Calcutta medical institutions reports 1871-78
Year: 1871
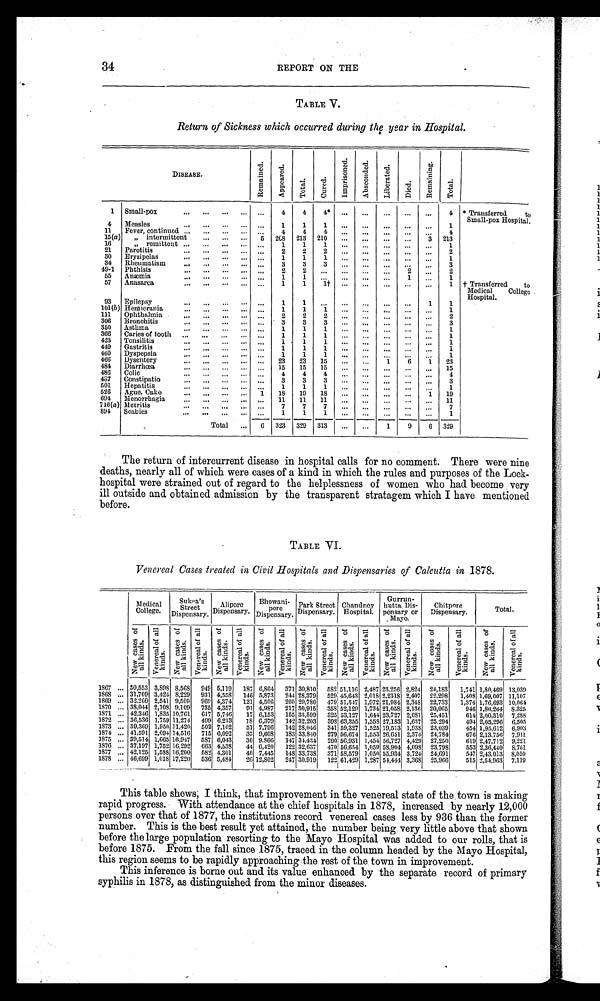
34
REPORT ON THE
TA BL E V.
Return of Sickness which occurred during the year in Hospital.
DISEASE
R e m a i n e d .
Ap p e a r e d .
Tot al . Cur ed.
I m p r i s o n e d . Ab s c o n d e d . Li be r a t e d
Died.
R e ma i n i n g .
Tot al .
1 Small-pox
...
4
4
4 *
... ... ... ... ...
4
4 Measles
...
1
1
1 ... ...
... ... ...
1
11 Fever, continued
5 4
4
4 ... ... ... ... ...
4
15(a) „ intermittent
... 208 213 210 ... ... ...
...
3 213
16
„ remittent
...
1
1
1 ... ...
.., ...
...
1
21 Parotitis
...
2 2
2
. . .
. . .
. . .
. . .
. . . 2
30 Erysipelas
...
1
1
1
. . .
. . .
. . . . . . . ...
1
34 Rheumatism
...
3
3
3 ... ...
... ... ...
3
49-1 Phthisis
. . .
2
2 ... ...
. . .
. . .
2
. . . 2
55 Anæmia
...
1
1
. . .
... ...
...
1
. . .
1
57 Anasarca
...
1
1
1 † ... ... ...
. . .
. . .
1
93 Epilepsy
...
1
1 ... ... ... ... ...
1
1
101(b Hemicrania
...
1
1
1 ... ... ...
. . .
. . . 1
111 Ophthalmia
...
2
2
2 ... ... ...
. . .
. . . 2
306 Bronchitis
...
3
3
3 ... ... ...
. . .
. . . 3
350 Asthma
...
1
1
1 ... ... ...
. . .
. . . 1
366 Caries of tooth
...
1
1
1 ... ... ...
. . .
...
1
423 Tonsilitis
. . .
1
1
1
. . .
. . .
. . .
. . .
. . . 1
449 Gastritis
...
1
1
1
. . .
. . .
. . .
. . .
. . . 1
460 Dyspepsia
. . .
1
1
1
. . .
. . .
. . . ... ...
1
466 Dysentery
... 23 23 15 ... ...
1
6
1 23
484 Diarrhoea
15 15 15
. . .
. . .
. . . ... ... 15
486 Colic
. . .
4
4
4
. . .
. . .
. . . ... ...
4
487 Constipatio
...
3
3
3
. . .
. . .
. . .
. . .
. . . 3
501 Hepatitis
...
1
1
1 ... ...
...
... ...
1
526 Ague Cake
1 18 19 18 ... ...
...
...
1 19
694 Menorrhagia
... 11 11 11 ... ...
... ... ... 11
716(a) Metritis
...
7
7
7 ... ... ... ... ...
7
894 Scabies
...
1
1
1 ... ... ... ... ...
1
Total
6 323 329 313 ... ...
1
9
6 329
* Transferred
to
Small-pox Hospital.
†
Transferred
to
Medical
College
Hospital.
The return of intercurrent disease in hospital calls for no comment. There were nine
deaths, nearly all of which were cases of a kind in which the rules and purposes of the Lock-
hospital were strained out of regard to the helplessness of women who had become very
ill outside and obtained admission by the transparent stratagem which I have mentioned
before.
TABLE VI.
Venereal Cases treated in Civil Hospitals and Dispensaries of Calcutta in 1878.
Medical
College.
Sukea' s Street
Dispensary.
Alipore
Dispensary.
Bhowani-
pore
Dispensary.
Park Street
Dispensary.
Chandney
Hospital.
Gurrun -
hutta Dis-
pensary or
Mayo.
Chitpore
Dispensary.
Total .
N e w c a s e s o f a l l k i n d s . V e n e r a l o f a l l k i n d s .
N e w c a s e s o f a l l k i n d s . V e n e r a l c a s e s o f a l l k i n d s . N e w c a s e s o f a l l k i n d s .
V e n e r a l c a s e s o f a l l k i n d s .
N e w c a s e s o f a l l k i n d s . V e n e r a l c a s e s o f a l l k i n d s . N e w c a s e s o f a l l k i n d s . V e n e r a l c a s e s o f a l l k i n d s . N e w c a s e s o f a l l k i n d s . V e n e r a l c a s e s o f a l l k i n d s . N e w c a s e s o f a l l k i n d s . V e n e r a l c a s e s o f a l l k i n d s .
N e w c a s e s o f a l l k i n d s .
V e n e r a l c a s e s o f a l l k i n d s .
N e w c a s e s o f a l l k i n d s .
V e n e r a l c a s e s o f a l l k i n d s .
1867
30,553 3,898 8,568 949 5,119 187 6,864 371 30,810
5 8 2 51,116 2,487 23,256 2,824 24,183 1,741 1,80,469 13,039
1868
31,709 3,424 8,229 931 4,558 146 5,873 244 28,379 529 45,643 2,018 2,2318 2,407 22,298 1,408
1 , 6 9 , 0 0 7 11,107
1869
32,260 2,541 9,509 969 4,374 121 4,506 260 29,780 479 51,547 1,972 21,984 2,348 22,733 1,374 1,76,693 10,064
1870
38,044 2,108 9,109 735 4,357 91 4,987 217 30,915 358 52,129 1,734 21,058 2,136 20,065
946 1,80,264 8,325
1871
42,346 1,835 10,761 617 5,746 17 6,153 155 33,599 325 53,127 1,644 23,727 2,081 25,451
614 2,00,310 7,288
1872
36,536 1,759 11,274 499 6,213 18 6,379 142 32,203 398 63,355 1,558 27,183 1,637 25,294
494 2,05,296 6,505
1873
39,369 1,950 11,420 502 7,102 51 7,796 142 28,046 341 59,327 1,525 19,513 1,938 23,039
454 1,95,612 6,903
1874
41,591 2,094 14,516 715 6,092 37 9,608 183 33,840 279 56,674 1,553 26,651 2,374 24,784
676 2,13,7561 7,911
1875
39,514 1,665 16,947 587 6,043 30 9,866 147 34,434 290 56,931 1,454 56,727 4,429 27,250
619 2,47,712 9,221
1876
37,197 1,752 16,292 663 4,538 44 6,420 122 32,637 470 56,654 1,059 58,904 4,098 23,798
553 2,36,440 8,761
1877
42,125 1,588 16,200 582 4,301 40 7,445 148 33,738 371 58,579 1,050 55,934 3,724 24,691
547 2,43,013 8,050
1878
46,699 1,018 17,220 536 5,484 26 12,802 247 30,919 122 61,429 1,287 54,444 3,368 25,966
515 2,54,963 7,119
This table skews; I think, that improvement in the venereal state of the town is making
rapid progress. With attendance at the chief hospitals in 1878, increased by nearly 12,000
persons over that of 1877, the institutions record venereal cases less by 936 than the former
number. This is the best result yet attained, the number being very little above that shown
before the large population resorting to the Mayo Hospital was added to our rolls, that is
before 1875. From the fall since 1875, traced in the column headed by the Mayo Hospital,
this region seems to be rapidly approaching the rest of the town in improvement.
This inference is borne out and its value enhanced by the separate record of primary
syphilis in 1878, as distinguished from the minor diseases.